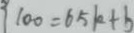
1 0 0 = 6 5 k + b